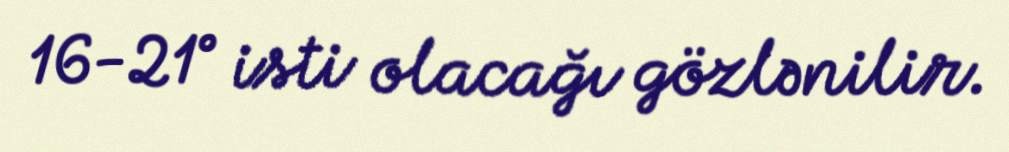
16-21° isti olacağı gözlənilir.